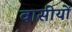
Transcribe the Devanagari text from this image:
वासीयों